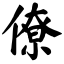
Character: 僚